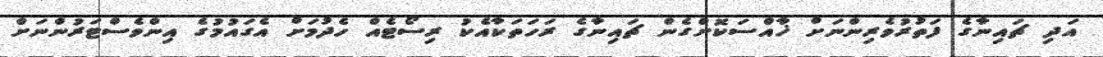
އަދި ޗައިނާގެ ފަތުރުވެރިންނަށް ޚާއްސަކޮށްގެން ޗައިނާގެ ރަހަތަކާއެކު ރިސޯޓެއް ހެދުމަށް އެގައުމުގެ އިންވެސްޓަރުންނަށް